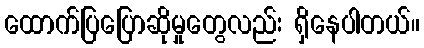
ထောက်ပြပြောဆိုမှုတွေလည်း ရှိနေပါတယ်။